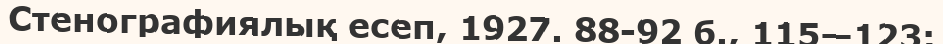
Стенографиялық есеп, 1927. 88-92 б., 115—123;